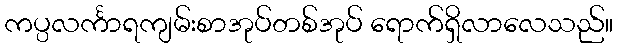
ကပ္ပလင်္ကာရကျမ်းစာအုပ်တစ်အုပ် ရောက်ရှိလာလေသည်။